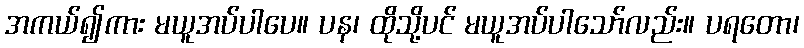
အကယ်၍ကား မယူအပ်ပါပေ။ ပန၊ ထိုသို့ပင် မယူအပ်ပါသော်လည်း။ ပရတော၊